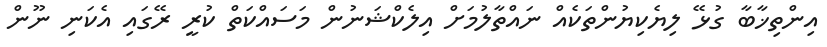
އިންތިޚާބާ ގުޅޭ ލިޔެކިޔުންތަކެއް ނައްތާލުމަށް އިލެކްޝަނުން މަސައްކަތް ކުރީ ރޭގައި އެކަނި ނޫން